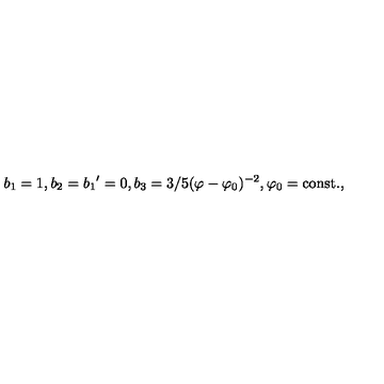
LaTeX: b _ { 1 } = 1 , b _ { 2 } = { b _ { 1 } } ^ { \prime } = 0 , b _ { 3 } = { 3 } / { 5 } ( \varphi - \varphi _ { 0 } ) ^ { - 2 } , \varphi _ { 0 } = \mathrm { c o n s t . } ,